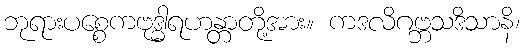
ဘုရားပစ္စေကဗုဒ္ဓါရဟန္တာတို့အား။ ကဒလိဂဗ္ဘသဒိသာနိ၊